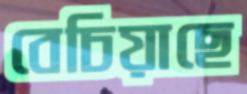
বেচিয়াছে